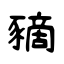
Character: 豴